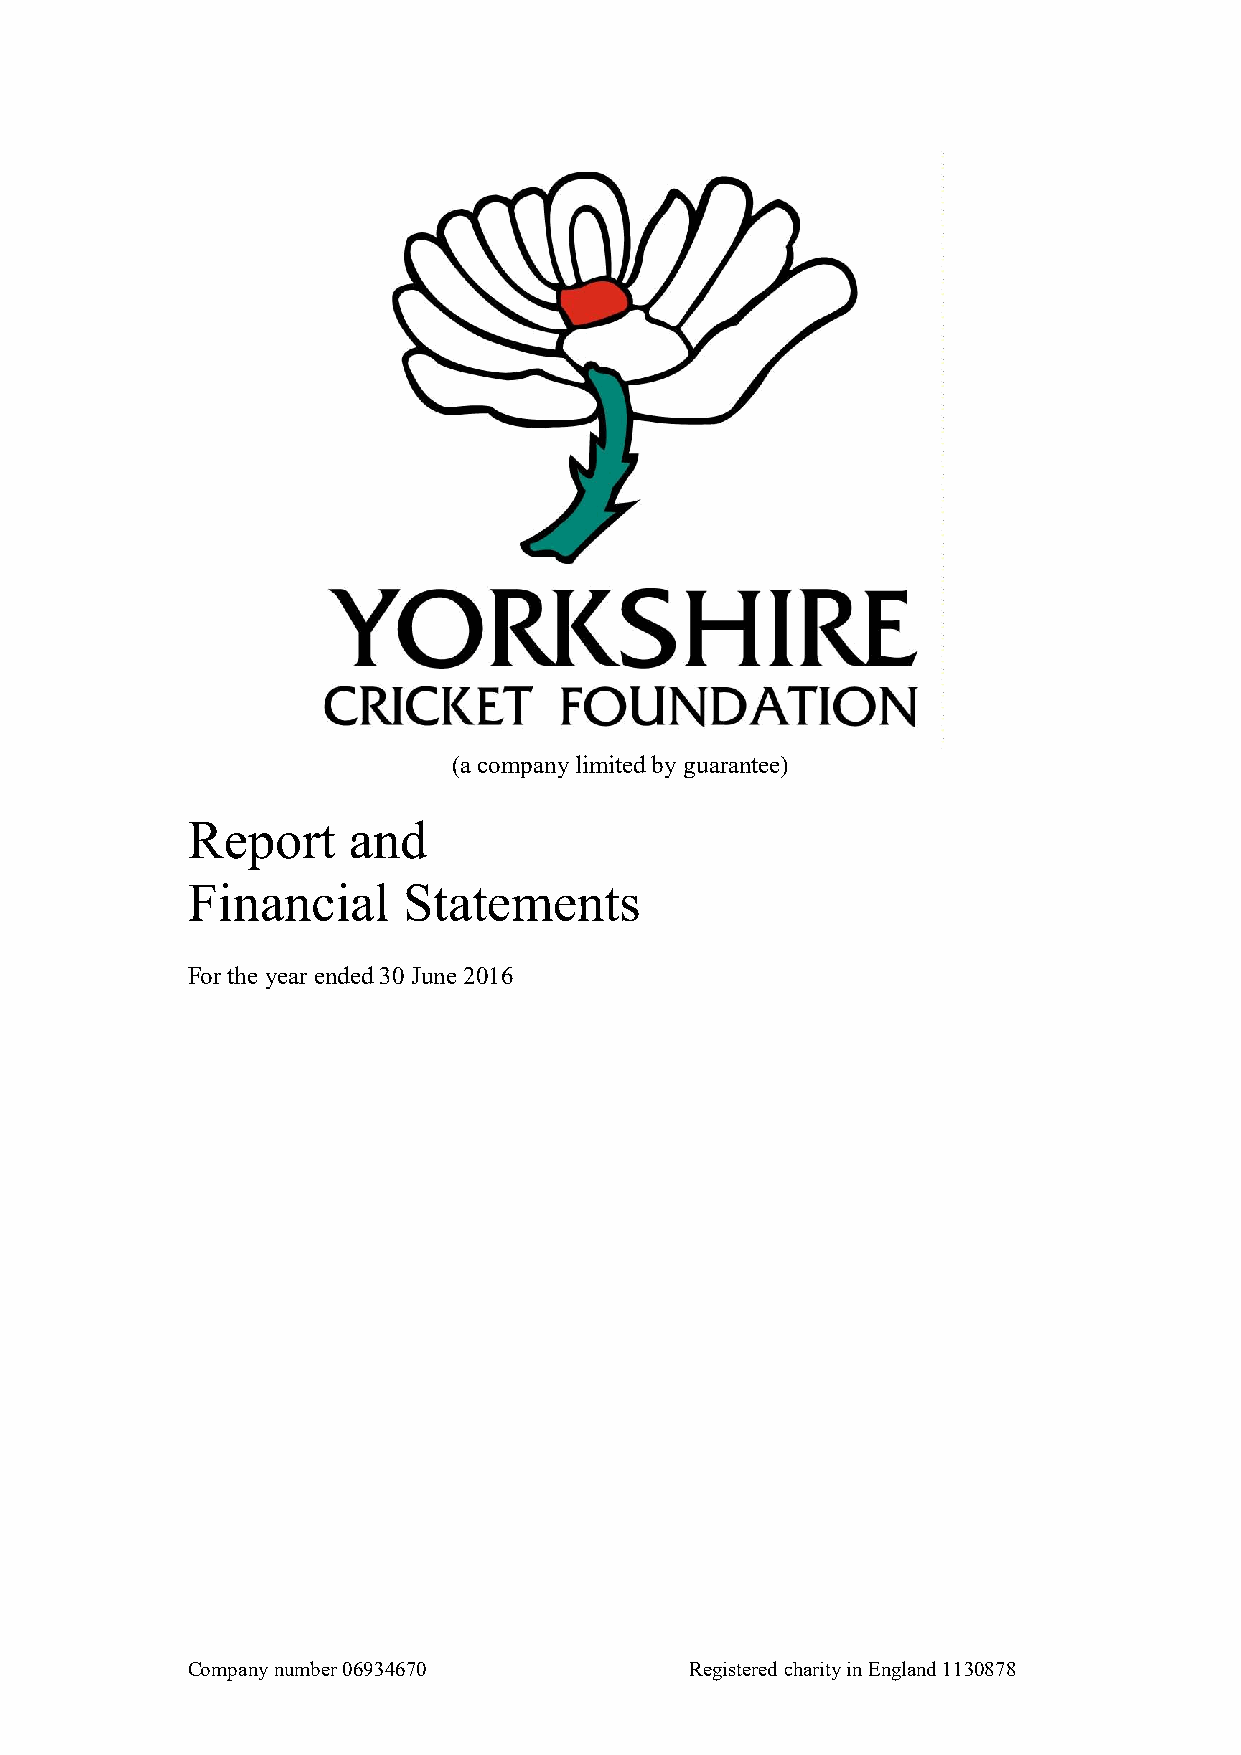
(a company limited by guarantee)
 Report     and
 Financial      Statements
 For the year ended 30 June 2016
 Company number 06934670           Registered charity in England 1130878